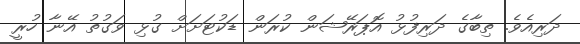
ދަރިއެވެ. ތިބާގެ ދަރިފުޅު އޮޕަރޭޝަން ކުރަން ޑަކުޓަށަށް ގުޅި ވަގުތު އޭނާ ހުރީ